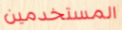
المستخدمين